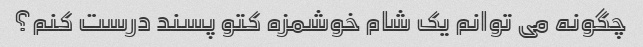
چگونه می توانم یک شام خوشمزه کتو پسند درست کنم؟